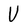
Character: U